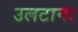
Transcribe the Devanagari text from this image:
उलटाना